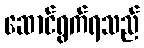
ဆောင်ရွက်ရသည်